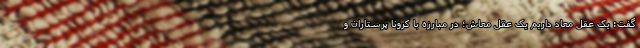
گفت: یک عقل معاد داریم یک عقل معاش؛ در مبارزه با کرونا پرستاران و